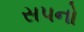
સપનો